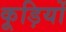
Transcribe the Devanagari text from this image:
कूड़ियों